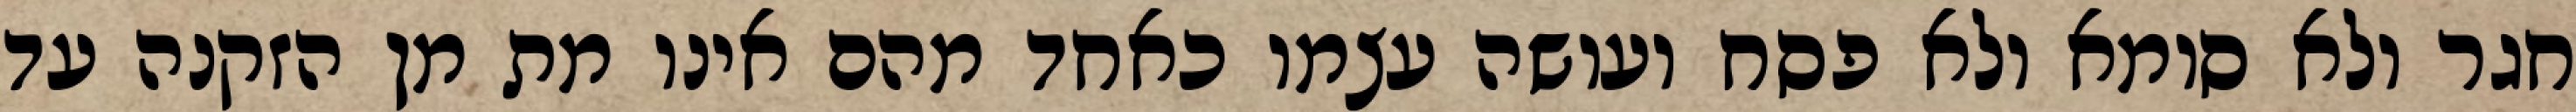
חגר ולא סומא ולא פסח ועושה עצמו כאחד מהם אינו מת מן הזקנה עד